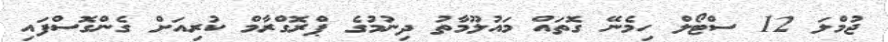
ޖުމްލަ 12 ސްޓޯލް ހިމެނޭ ގޮތައް މައުލޫމާތު ދިނުމުގެ ޕްރޮގްރާމް ކުރިއަށް ގެންގޮސްފައި